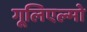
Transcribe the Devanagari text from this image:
गूलिएल्मो